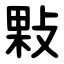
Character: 敤